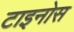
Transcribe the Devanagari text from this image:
टाइनोस